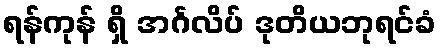
ရန်ကုန် ရှိ အင်္ဂလိပ် ဒုတိယဘုရင်ခံ